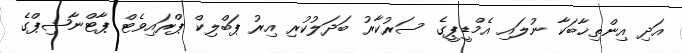
އަދި އިންތިޚާބަކާ ނުލައި އެމްޑީޕީގެ ސަރުކާރު ބަދަލުކުރި އިރު ޕަބްލިކް ޕްރައިވެޓް ޕާޓްނާޝިޕްގެ